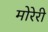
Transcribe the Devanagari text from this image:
मोरेरी